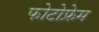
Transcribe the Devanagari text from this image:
फोटोफ्रेम